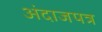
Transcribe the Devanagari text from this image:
अंदाजपत्र